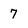
Character: 7